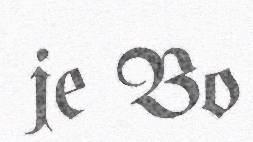
je Bo